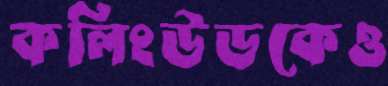
কলিংউডকেও